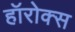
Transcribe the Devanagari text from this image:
हॉरोक्स